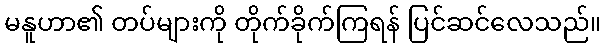
မနူဟာ၏ တပ်များကို တိုက်ခိုက်ကြရန် ပြင်ဆင်လေသည်။